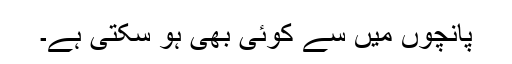
پانچوں میں سے کوئی بھی ہو سکتی ہے۔